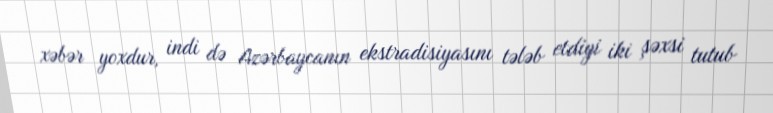
xəbər yoxdur, indi də Azərbaycanın ekstradisiyasını tələb etdiyi iki şəxsi tutub